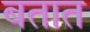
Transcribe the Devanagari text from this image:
बतात